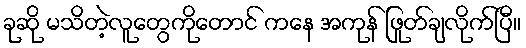
ခုဆို မသိတဲ့လူတွေကိုတောင် ကနေ အကုန် ဖြုတ်ချလိုက်ပြီ။